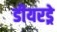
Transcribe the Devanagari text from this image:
डीयरड्रे